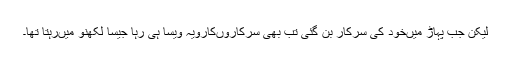
لیکن جب پہاڑ میںخود کی سرکار بن گئی تب بھی سرکاروںکارویہ ویسا ہی رہا جیسا لکھنؤ میںرہتا تھا۔